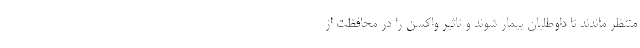
منتظر ماندند تا داوطلبان بیمار شوند و تاثیر واکسن را در محافظت از